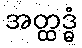
အတ္ထဒ္ဓံ